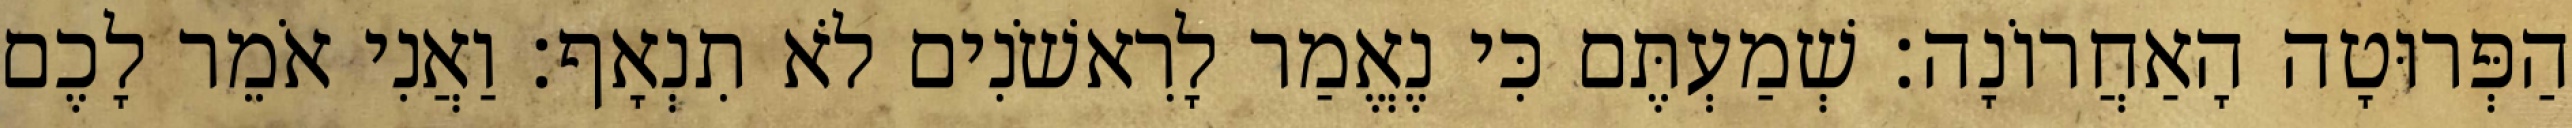
הַפְּרוּטָה הָאַחֲרוֹנָה׃ שְׁמַעְתֶּם כִּי נֶאֱמַר לָרִאשֹׁנִים לֹא תִנְאָף׃ וַאֲנִי אֹמֵר לָכֶם